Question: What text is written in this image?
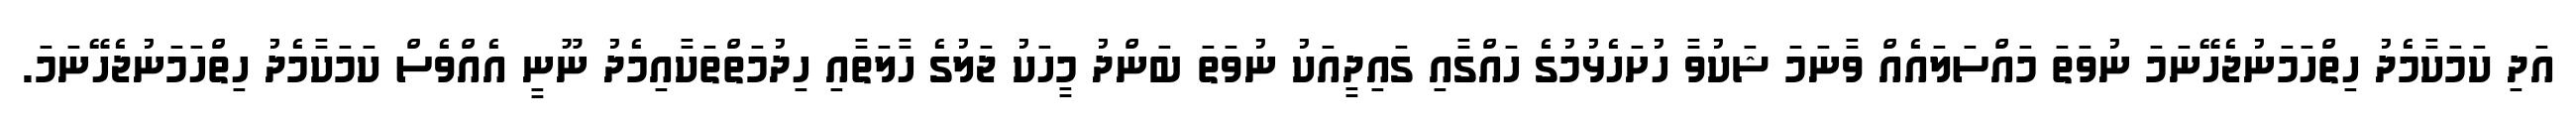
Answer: އަދި ކަމަކާމެދު ހިތްހަމަނުޖެހޭނަމަ ނުވަތަ މައްސަލައެއް ވާނަމަ ޝަކުވާ ހުށަހެޅުމުގެ ހައްގާއި ގައިދީއަކު ނުވަތަ ބަންދު މީހަކު ޖަލުގެ ހާލަތާއި ހިދުމަތްތަކާއިމެދު ނޫނީ އެއްވެސް ކަމަކާމެދު ހިތްހަމަނުޖެހޭނަމަ.